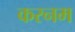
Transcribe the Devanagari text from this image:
करनम